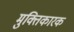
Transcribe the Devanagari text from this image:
मुक्तिकारक